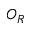
O _ { R }